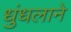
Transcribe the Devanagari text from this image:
धुंधलाने